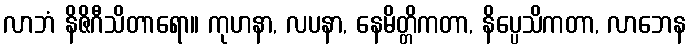
လာဘံ နိဇိဂီသိတာရော။ ကုဟနာ, လပနာ, နေမိတ္တိကတာ, နိပ္ပေသိကတာ, လာဘေန